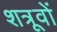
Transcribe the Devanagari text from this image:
शत्रूवों